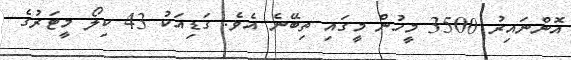
އޮންނައިރު 3500 މީހުން މީގައި ތިބޭނެ އެވެ. ގަޑިއަކު 43 ކިލޯ މީޓަރުގެ